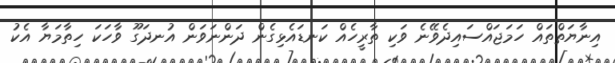
އިނާޔަތްތައް ހަމަޖައްސައިދެވޭނެ ވަކި ތާރީހެއް ކަނޑައެޅިގެން ދަންނަވަން އުނދަގޫ ވާހަކަ ހިތާމަޔާ އެކު